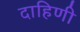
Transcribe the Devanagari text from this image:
दाहिणी